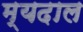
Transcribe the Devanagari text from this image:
म्यदाल